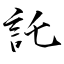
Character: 託